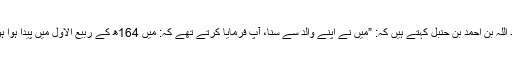
عبد اللہ بن احمد بن حنبل کہتے ہیں کہ: ”میں نے اپنے والد سے سنا، آپ فرمایا کرتے تھے کہ: میں 164ھ کے ربیع الاول میں پیدا ہوا ہوں۔